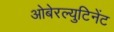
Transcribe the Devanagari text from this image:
ओबेरल्युटिनेंट